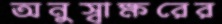
অনুস্বাক্ষরের